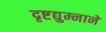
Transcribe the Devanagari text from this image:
दृष्टद्युम्नाने